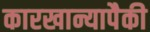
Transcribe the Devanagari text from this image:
कारखान्यापैकी